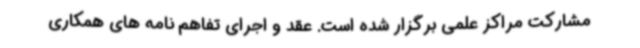
مشارکت مراکز علمی برگزار شده است. عقد و اجرای تفاهم نامه های همکاری